Annual report of the Civil Veterinary Department, Bengal, for the year 1897-98 - 1897-1898
Year: 1897
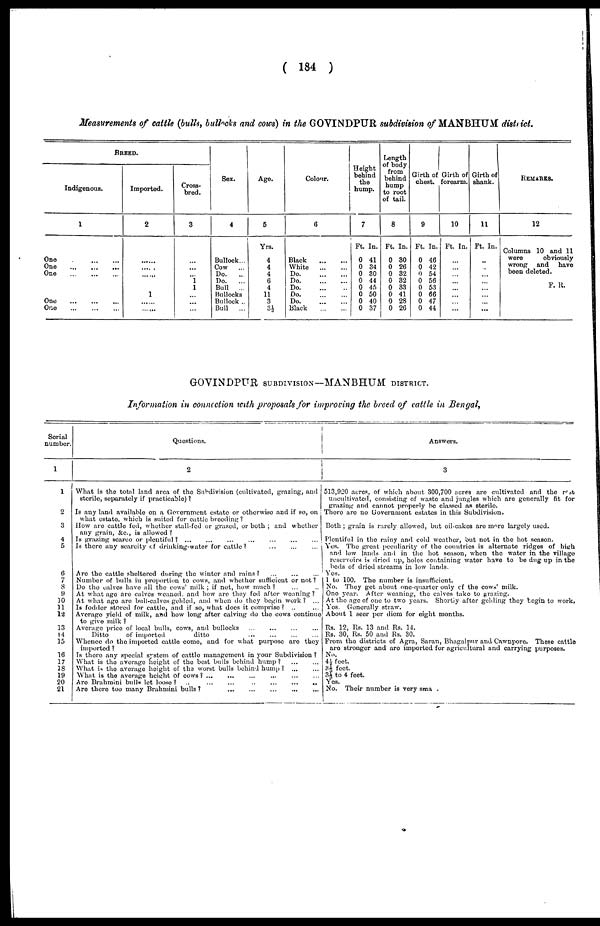
( 184 )
Measurements of cattle (bulls, bullocks and cows) in the GOVINDPUR subdivision of MANBHUM district.
BREED.
Indigenous.
1
One
...
...
...
One
...
...
...
One
...
...
...
One ... ... ...
One
...
...
...
Imported.
2
......
......
......
1
......
......
Cross
bred.
3
...
...
...
1
1
...
...
...
Sex.
4
Bullock ...
Do.
...
Do.
...
Bull
...
Bullocks
Bullock ..
Bull
...
Age.
5
Yrs.
4
4
4
6
4
11
3
3½
Colour.
6
Black
White
Do
Do
Do
Do
Do
Black
Height
behind
the
hump.
7
Ft. In.
0 41
0 34
0 30
0 44
0 45
0 50
0 40
0 37
Length
of body
from
behind
hump
to root
of tail.
8
Ft. In.
0 30
0 26
0 32
0 32
0 33
0 41
0 28
0 26
Girth of
chest.
9
Ft. In.
0 46
0 42
0 54
0 56
0 53
0 66
0 47
0 44
Girth of
forearm.
10
Ft. In.
...
...
...
...
...
...
...
...
Girth of
shank.
11
Ft. In.
...
....
...
...
...
...
...
...
REMARKS.
12
Columns 10 and 11
were
obviously-
wrong and
have
been deleted.
F. R.
GOVINDPUR SUBDIVISION—MANBHUM DISTRICT.
Information in connection with proposals for improving the breed of cattle in Bengal,
Serial
number.
1
1
2
3
4
5
6
7
8
9
10
11
12
13
14
15
16
17
18
19
20
21
Questions.
2
What is the total land area of the Subdivision (cultivated, grazing, and
sterile, separately if practicable) ?
Is any land available on a Government estate or otherwise and if so, on
what estate, which is suited for cattle brooding ?
How are cattle fed, whether stall-fed or grazed, or both ; and whether
any grain, &c, is allowed ?
Is grazing scarce or plentiful?
...
...
...
...
...
...
Is there any scarcity of drinking-water for cattle?
...
...
...
Are the cattle sheltered during the winter and rains? ... ... ...
Number of bulls in proportion to cows, and whether sufficient or not ?
Do the calves have all the cows' milk; if not, how much? ... ...
At what age are calves weaned, and how are they fed after weaning?
At what age are bull-calves gelded, and when do they begin work? ...
Is fodder stored for cattle, and if so, what does it comprise? ..
...
Average yield of milk, and how long after calving do the cows continue
to give milk ?
Average price of local bulls, cows, and bullocks ... ... ... ...
Ditto
of imported
ditto ... ... ...
Whence do the imported cattle come, and for what purpose are they
imported ?
Is there any special system of cattle management in your Subdivision ?
What is the average height of the best bulls behind hump?
...
...
What is the average height of the worst bulls behind hump ?
...
...
What is the average height of cows? ... ... ... ...
Are Brahmini bulls let loose?
..
...
...
...
... ...
Are there too many Brahmini bulls ?
... ... ... ... .... ...
Answers.
3
513,920 acres, of which about 300,700 acres are cultivated and the rest
uncultivated, consisting of waste and jungles which are generally fit for
grazing and cannot properly be classed as sterile.
There are no Government estates in this Subdivision.
Both ; grain is rarely allowed, but oil-cakes are more largely used.
Plentiful in the rainy and cold weather, but not in the hot season.
Yes. The great peculiarity of the countries is alternate ridges of high
and low lands and in the hot season, when the water in the village
reservoirs is dried up, holes containing water have to be dug up in the
beds of dried streams in low lands.
Yes.
1 to 100. The number is insufficient.
No. They get about one-quarter only of the cows' milk.
One year. After weaning, the calves take to grazing.
At the age of one to two years. Shortly after gelding they begin to work.
Yes. Generally straw.
About 1 seer per diem for eight months.
Rs. 12, Rs. 13 and Rs. 14.
Rs. 30, Rs. 50 and Rs. 30.
From the districts of Agra, Saran, Bhagalpur and Cawnpore. These cattle
are stronger and are imported for agricultural and carrying purposes.
No.
4½ feet.
3⅓ feet.
3⅓ to 4 feet.
Yes.
No. Their number is very sma